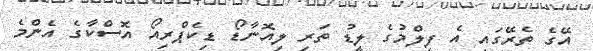
އޭގެ ތެރޭގައި އެ ފިލްމުގެ ލީޑު ތަރި ލިއޮނާޑޯ ޑިކެޕްރިއޯ އޮސްކާގެ އެންމެ